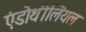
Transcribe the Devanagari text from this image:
एंडोथीलियल